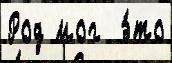
Род мог  э́то